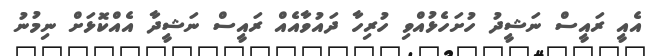
އެއީ ރައީސް ނަޝީދު ހުށަހެޅުއްވި ހުރިހާ ދައުވާއެއް ރައީސް ނަޝީދާ އެއްކޮޅަށް ނިމުނު